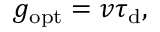
g _ { \mathrm { o p t } } = v \tau _ { \mathrm { d } } ,